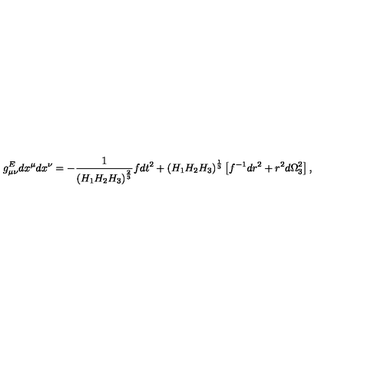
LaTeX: g _ { \mu \nu } ^ { E } d x ^ { \mu } d x ^ { \nu } = - { \frac { 1 } { \left( H _ { 1 } H _ { 2 } H _ { 3 } \right) ^ { \frac { 2 } { 3 } } } } f d t ^ { 2 } + \left( H _ { 1 } H _ { 2 } H _ { 3 } \right) ^ { \frac { 1 } { 3 } } \left[ f ^ { - 1 } d r ^ { 2 } + r ^ { 2 } d \Omega _ { 3 } ^ { 2 } \right] ,